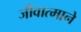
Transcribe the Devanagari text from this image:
जीवात्माने